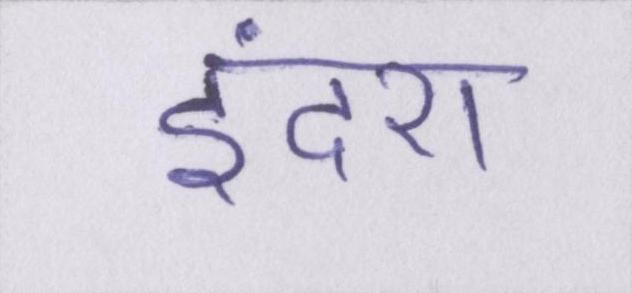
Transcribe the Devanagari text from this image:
इंदरा